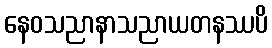
နေဝသညာနာသညာယတနဿပိ